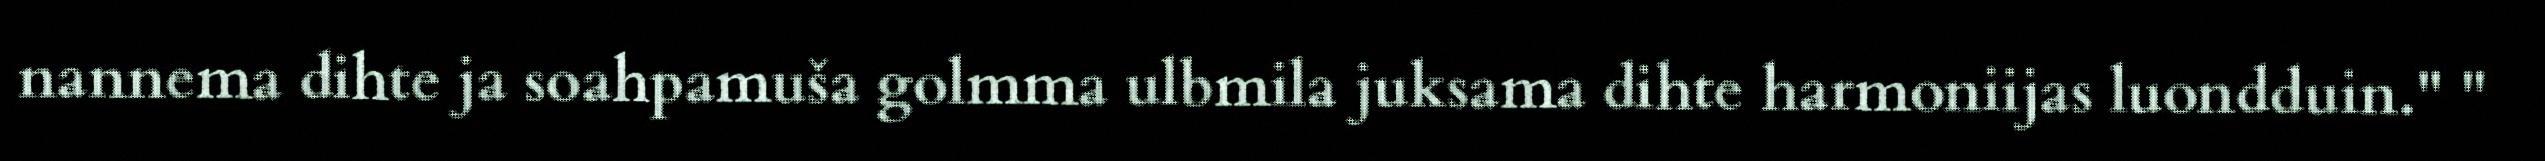
nannema dihte ja soahpamuša golmma ulbmila juksama dihte harmoniijas luondduin." "